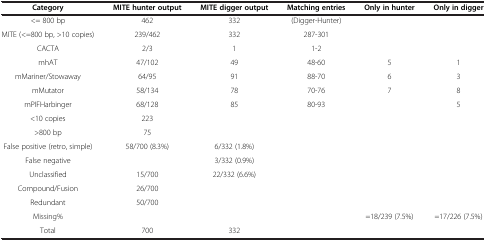
| Category | MITE hunter output | MITE digger output | Matching entries | Only in hunter | Only in digger |
 | --- | --- | --- | --- | --- | --- |
 | <= 800 bp | 462 | 332 | (Digger-Hunter) |  |  |
 | MITE (<=800 bp, >10 copies) | 239/462 | 332 | 287-301 |  |  |
 | CACTA | 2/3 | 1 | 1-2 |  |  |
 | mhAT | 47/102 | 49 | 48-60 | 5 | 1 |
 | mMariner/Stowaway | 64/95 | 91 | 88-70 | 6 | 3 |
 | mMutator | 58/134 | 78 | 70-76 | 7 | 8 |
 | mPIFHarbinger | 68/128 | 85 | 80-93 |  | 5 |
 | <10 copies | 223 |  |  |  |  |
 | >800 bp | 75 |  |  |  |  |
 | False positive (retro, simple) | 58/700 (8.3%) | 6/332 (1.8%) |  |  |  |
 | False negative |  | 3/332 (0.9%) |  |  |  |
 | Unclassified | 15/700 | 22/332 (6.6%) |  |  |  |
 | Compound/Fusion | 26/700 |  |  |  |  |
 | Redundant | 50/700 |  |  |  |  |
 | Missing% |  |  |  | =18/239 (7.5%) | =17/226 (7.5%) |
 | Total | 700 | 332 |  |  |  |